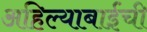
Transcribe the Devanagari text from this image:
अहिल्याबाईंची